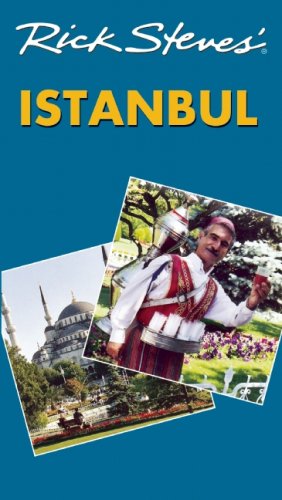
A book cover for Rick Steves' Istanbul; Lale Surmen Aran; Travel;